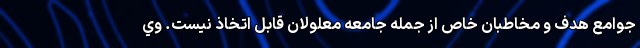
جوامع هدف و مخاطبان خاص از جمله جامعه معلولان قابل اتخاذ نيست. وي